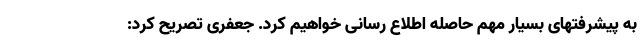
به پیشرفتهای بسیار مهم حاصله اطلاع رسانی خواهیم کرد. جعفری تصریح کرد: